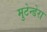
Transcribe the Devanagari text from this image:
मुटेन्डेरा